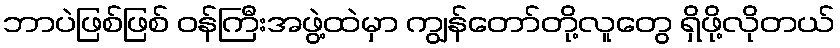
ဘာပဲဖြစ်ဖြစ် ဝန်ကြီးအဖွဲ့ထဲမှာ ကျွန်တော်တို့လူတွေ ရှိဖို့လိုတယ်